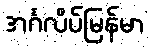
အင်္ဂလိပ်မြန်မာ